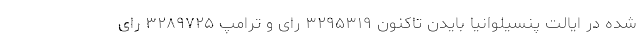
شده در ایالت پنسیلوانیا بایدن تاکنون ۳۲۹۵۳۱۹ رای و ترامپ ۳۲۸۹۷۲۵ رای